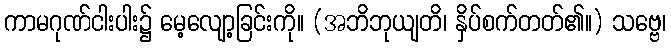
ကာမဂုဏ်ငါးပါး၌ မေ့လျော့ခြင်းကို။ (အဘိဘုယျတိ၊ နှိပ်စက်တတ်၏။) သဗ္ဗေ၊